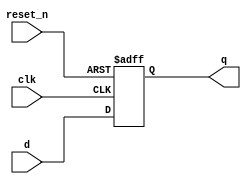
module shift_reg_pipo(
    input reset_n,
    input clk,
    input [3:0] d,
    output reg [3:0] q
);
    // Async negative reset_n is used
    // The input  data is the same as the output data
    // This can be used as a "pipeline register"
    always @(posedge clk or negedge reset_n) begin
        if (!reset_n)
            q<=4'b0;
        else
            q[3:0]<=d[3:0];
    end
endmodule